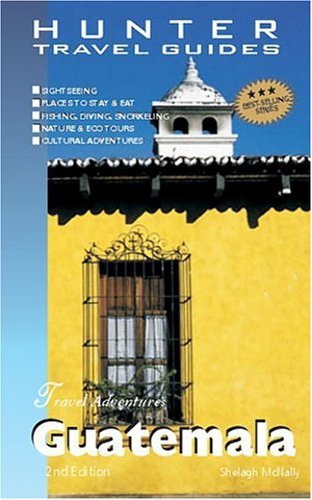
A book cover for Adventure Guide Guatemala (Adventure Guide to Guatemala); Shelagh McNally; Travel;